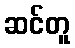
ဆင်တူ